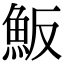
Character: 魬